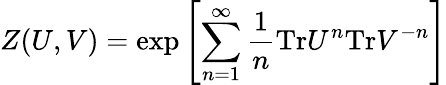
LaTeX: Z(U,V)={\mathrm{exp}}\left[\sum_{n=1}^{\infty}\frac{1}{n}{\mathrm{Tr}}U^{n}{\mathrm{Tr}}V^{-n}\right]